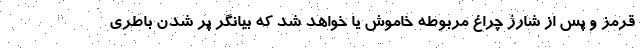
قرمز و پس از شارژ چراغ مربوطه خاموش یا خواهد شد که بیانگر پر شدن باطری